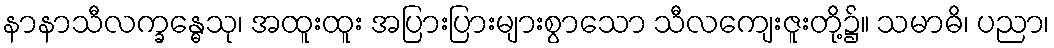
နာနာသီလက္ခန္ဓေသု၊ အထူးထူး အပြားပြားများစွာသော သီလကျေးဇူးတို့၌။ သမာဓိ၊ ပညာ၊